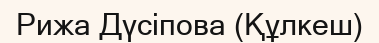
Рижа Дүсіпова (Құлкеш)